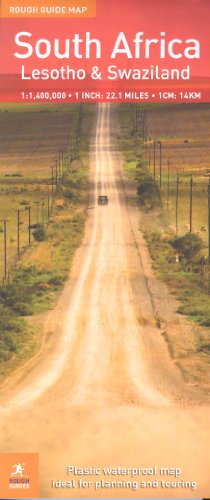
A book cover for Rough Guide Map of South Africa, Lesotho; *             ; Travel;